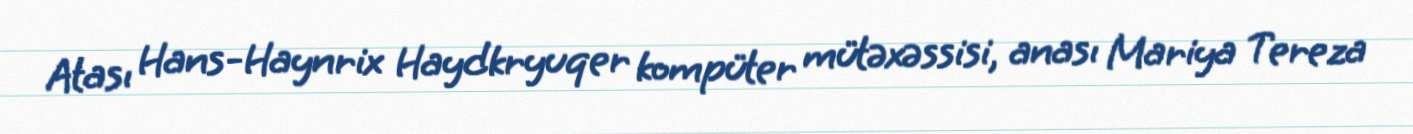
Atası Hans-Haynrix Haydkryuqer kompüter mütəxəssisi, anası Mariya Tereza